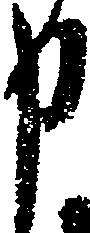
申